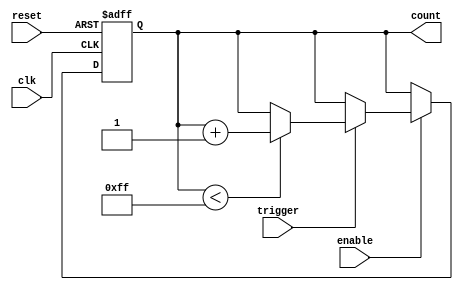
module EventTriggeredCounter (
    input wire clk,               // Clock signal
    input wire reset,             // Asynchronous reset signal
    input wire trigger,           // Event trigger signal
    input wire enable,            // Enable counting
    output reg [7:0] count        // 8-bit counter output
);

    // Maximum count value
    parameter MAX_COUNT = 8'd255;

    // Synchronous counting process
    always @(posedge clk or posedge reset) begin
        if (reset) begin
            count <= 8'b0;         // Reset counter to 0
        end else if (enable) begin
            if (trigger) begin
                if (count < MAX_COUNT) begin
                    count <= count + 1; // Increment counter
                end
                // Optionally, you can add logic for wrapping around here
            end
        end
    end

endmodule